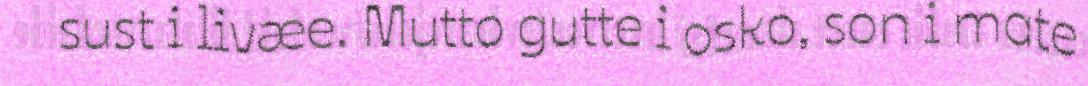
sust i livæe. Mutto gutte i osko, son i mate